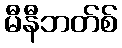
မီနီဘတ်စ်